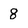
Character: 8